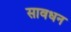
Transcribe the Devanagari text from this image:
सावधन